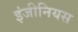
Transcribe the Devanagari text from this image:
इंजीनियस